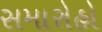
સમારોહો